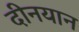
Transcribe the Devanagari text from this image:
दीनयान